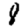
Digit: 8